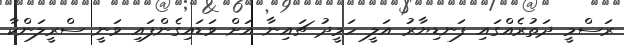
ރަސްމީ ދަތުރެއްގައި ފަނޑިޔާރު އަލީ ހަމީދު ޗައިނާ އަށް ވަޑައިގެންފައި ވަނީ ސްރީލަންކާ